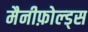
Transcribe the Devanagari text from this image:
मैनीफ़ोल्ड्स